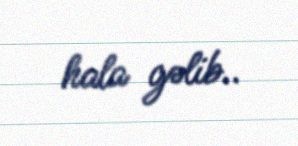
hala gəlib..